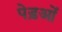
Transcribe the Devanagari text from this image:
पेड़ओं